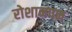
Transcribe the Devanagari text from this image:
रोशानपन